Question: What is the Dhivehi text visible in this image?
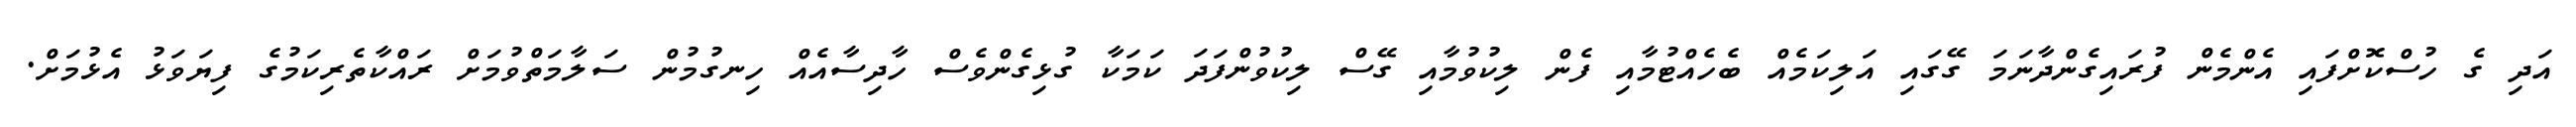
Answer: އަދި ގެ ހުސްކޮށްފައި އެންމެން ފުރައިގެންދާނަމަ ގޭގައި އަލިކަމެއް ބެހެއްޓުމާއި ފެން ލިކުވުމާއި ގޭސް ލިކުވުންފަދަ ކަމަކާ ގުޅިގެންވެސް ހާދިސާއެއް ހިނގުމުން ސަލާމަތްވުމަށް ރައްކާތެރިކަމުގެ ފިޔަވަޅު އެޅުމަށް.